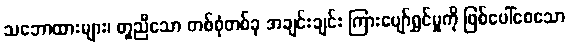
သဘောထားများ၊ တူညီသော တစ်စုံတစ်ခု အချင်းချင်း ကြားပျော်ရွှင်မှုကို ဖြစ်ပေါ်စေသော